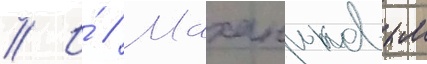
// И́ // Маханьковым